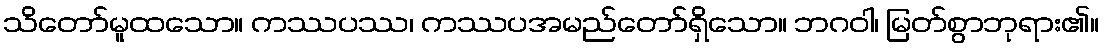
သိတော်မူထသော။ ကဿပဿ၊ ကဿပအမည်တော်ရှိသော။ ဘဂဝါ၊ မြတ်စွာဘုရား၏။